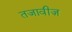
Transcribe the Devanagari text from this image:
तजावीज़